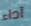
آداء